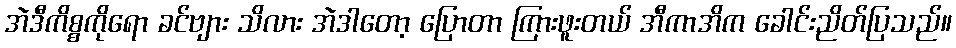
အဲဒီကိစ္စကိုရော ခင်ဗျား သိလား အဲဒါတော့ ပြောတာ ကြားဖူးတယ် အီကာအိက ခေါင်းညိတ်ပြသည်။